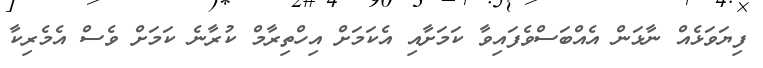
ފިޔަވަޅެއް ނާޅަން އެއްބަސްވެފައިވާ ކަމަށާއި އެކަމަށް އިހްތިރާމް ކުރާނެ ކަމަށް ވެސް އެމެރިކާ